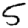
Digit: 5